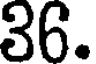
36.